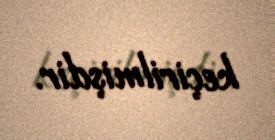
keçirilmişdir.